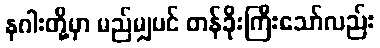
နဂါးတို့မှာ မည်မျှပင် တန်ခိုးကြီးသော်လည်း